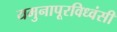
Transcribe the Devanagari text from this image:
यमुनापूरविध्वंसी